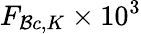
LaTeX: F_{\mathcal{B}c,K}\times10^{3}